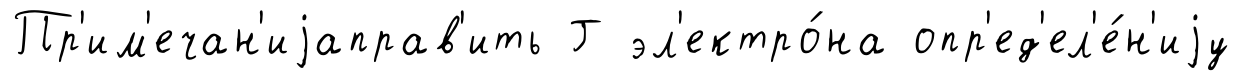
Пр'им'ечан'иjаправ'ить Г эл'ектро́на опр'ед'ел'е́н'иjу